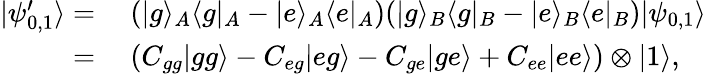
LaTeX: \begin{array}{rl}{|\psi_{0,1}^{\prime}\rangle=}&{{}~(|g\rangle_{A}\langle g|_{A}-|e\rangle_{A}\langle e|_{A})(|g\rangle_{B}\langle g|_{B}-|e\rangle_{B}\langle e|_{B})|\psi_{0,1}\rangle}\\ {=}&{{}~(C_{gg}|gg\rangle-C_{eg}|eg\rangle-C_{ge}|ge\rangle+C_{ee}|ee\rangle)\otimes|1\rangle,}\end{array}